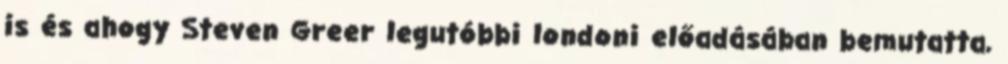
is és ahogy Steven Greer legutóbbi londoni előadásában bemutatta,